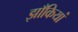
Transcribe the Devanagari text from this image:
झाँकियां